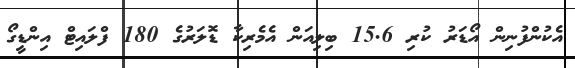
އެކުންފުނިން އޯޑަރު ކުރި 15.6 ބިލިއަން އެމެރިކާ ޑޮލަރުގެ 180 ފްލައިޓް އިންޑީގޯ